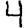
Digit: 4